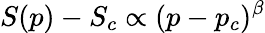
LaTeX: S(p)-S_{c}\propto(p-p_{c})^{\beta}